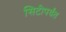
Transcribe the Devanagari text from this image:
सिटीपर्यंत